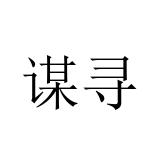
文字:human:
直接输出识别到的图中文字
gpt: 谋寻